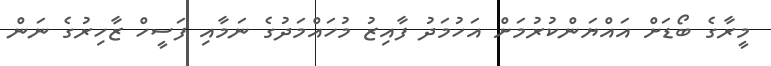
މީރާގެ ބޯޑަށް އައްޔަންކުރުމަށް އަހުމަދު ފާއިޒު މުހައްމަދުގެ ނަމާއި ފަސީހް ޒާހިރުގެ ނަން